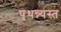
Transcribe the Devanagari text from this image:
पृथन्न्यस्त